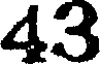
43